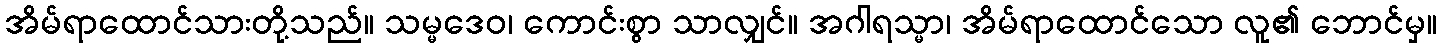
အိမ်ရာထောင်သားတို့သည်။ သမ္မဒေဝ၊ ကောင်းစွာ သာလျှင်။ အဂါရသ္မာ၊ အိမ်ရာထောင်သော လူ၏ ဘောင်မှ။